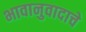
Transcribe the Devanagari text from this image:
भावानुवादाचे